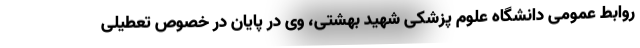
روابط عمومی دانشگاه علوم پزشکی شهید بهشتی، وی در پایان در خصوص تعطیلی